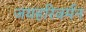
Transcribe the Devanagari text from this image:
जयहरिवर्मन